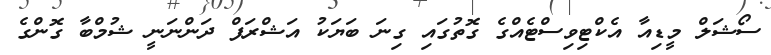
ސޯޝަލް މީޑިއާ އެކްޓިވިސްޓެއްގެ ގޮތުގައި ގިނަ ބަޔަކު އަޝްރަފް ދަންނަނީ ޝުމްބާ ގޮންގެ